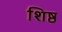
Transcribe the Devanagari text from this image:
शिष्ठ